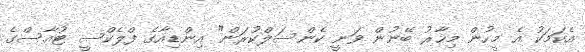
އެކަމަކު އެ މީހުން މިހާރު ބޭނުން ވަނީ ކެންސަލްކުރަން" އިންޑިއާގެ ފްލެކްސީ ޓުއާސްގެ